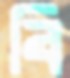
বি